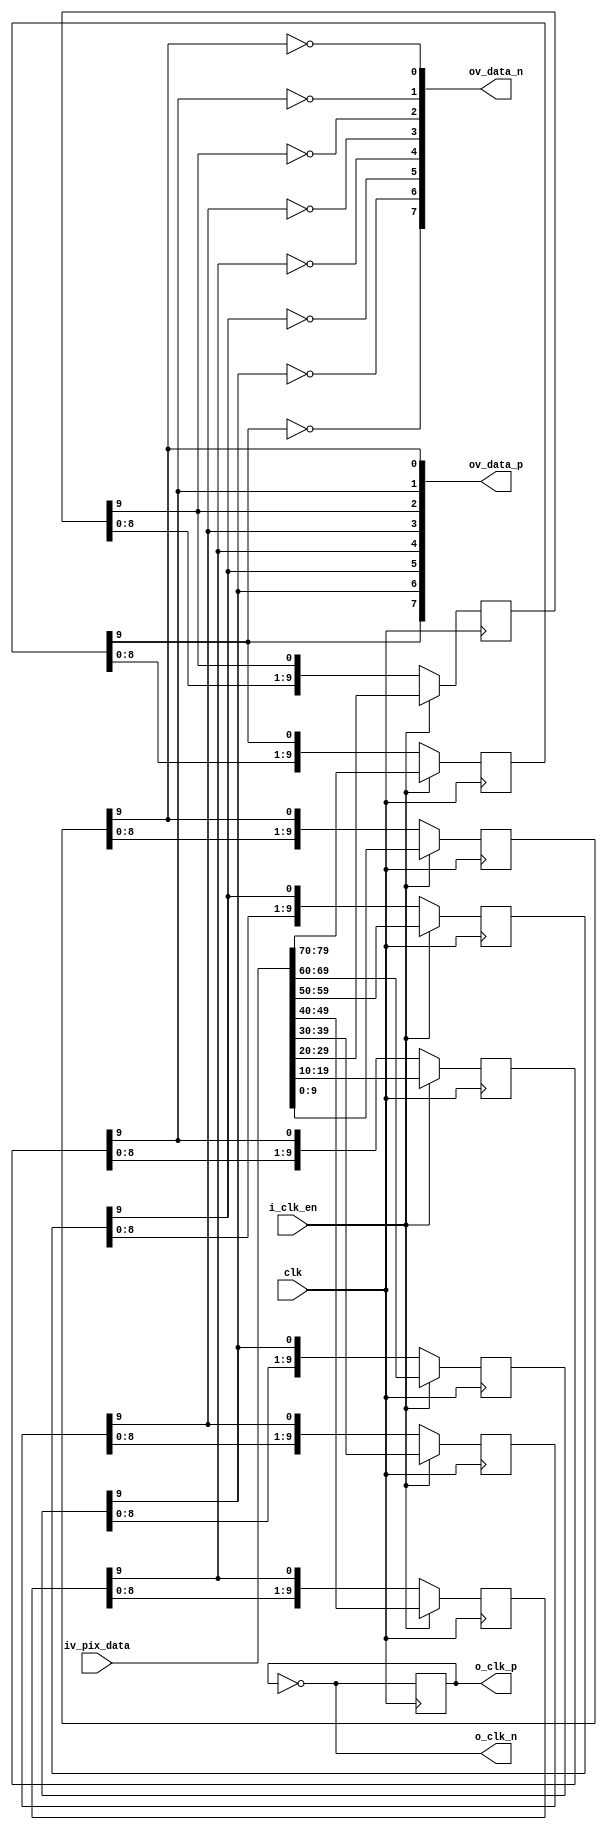
//-------------------------------------------------------------------------------------------------
//  --    : , 2010 -2015.
//  --      .
//  --          : FPGA
//  --        : serializer_sonyimx
//  --        : 
//-------------------------------------------------------------------------------------------------
//
//  --  :
//
//  --          :| 				:|  
//-------------------------------------------------------------------------------------------------
//  --        :| 2015/10/14 10:41:56	:|  
//-------------------------------------------------------------------------------------------------
//
//  --      :
//              1)  : ... ...
//
//              2)  : ... ...
//
//              3)  : ... ...
//
//-------------------------------------------------------------------------------------------------
///
`timescale 1ns/1ps
//-------------------------------------------------------------------------------------------------

module serializer_sonyimx # (
	parameter			DATA_WIDTH			= 10		,	//
	parameter			CHANNEL_NUM			= 8			,	//
	parameter			CLKIN_PERIOD		= 27.778
	)
	(
	input										clk					,	//
	input										i_clk_en			,	//
	input	[DATA_WIDTH*CHANNEL_NUM-1:0]		iv_pix_data			,	//
	output										o_clk_p				,
	output										o_clk_n				,
	output	[CHANNEL_NUM-1:0]					ov_data_p			,
	output	[CHANNEL_NUM-1:0]					ov_data_n
	);

	//	ref signals
	wire	[DATA_WIDTH-1:0]					wv_data_lane	[CHANNEL_NUM-1:0]	;
	reg		[DATA_WIDTH-1:0]					shifter_data	[CHANNEL_NUM-1:0]	;
	reg											clk_ser_dly	= 1'b0;
	//	ref ARCHITECTURE

	//	===============================================================================================
	//	ref ******
	//	===============================================================================================
	//	-------------------------------------------------------------------------------------
	//	
	//	-- DATA_WIDTH bit
	//	--bytebyte
	//	-------------------------------------------------------------------------------------
	genvar	i;
	generate
		for(i=0;i<CHANNEL_NUM;i=i+1) begin
			assign	wv_data_lane[i]	= iv_pix_data[DATA_WIDTH*(i+1)-1:DATA_WIDTH*i];
		end
	endgenerate

	//	-------------------------------------------------------------------------------------
	//	1
	//	1.
	//	2.
	//	-------------------------------------------------------------------------------------
	genvar	ch;
	generate
		for(ch=0;ch<CHANNEL_NUM;ch=ch+1) begin
			always @ (posedge clk) begin
				if(i_clk_en) begin
					shifter_data[ch]	<= wv_data_lane[ch];
				end
				else begin
					shifter_data[ch]	<= {shifter_data[ch][DATA_WIDTH-2:0],shifter_data[ch][DATA_WIDTH-1]};
				end
			end
		end
	endgenerate


	//	-------------------------------------------------------------------------------------
	//	2
	//	-------------------------------------------------------------------------------------
	always @ (posedge clk) begin
		clk_ser_dly	<= !clk_ser_dly;
	end

	//	===============================================================================================
	//	ref ******
	//	===============================================================================================
	assign	o_clk_p	=  clk_ser_dly;
	assign	o_clk_n	=  !clk_ser_dly;
	genvar	j;
	generate
		for(j=0;j<CHANNEL_NUM;j=j+1) begin
			assign	ov_data_p[j]	= shifter_data[j][DATA_WIDTH-1];
			assign	ov_data_n[j]	= !shifter_data[j][DATA_WIDTH-1];
		end
	endgenerate


endmodule